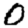
Digit: 0